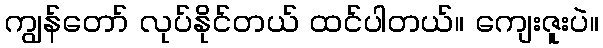
ကျွန်တော် လုပ်နိုင်တယ် ထင်ပါတယ်။ ကျေးဇူးပဲ။